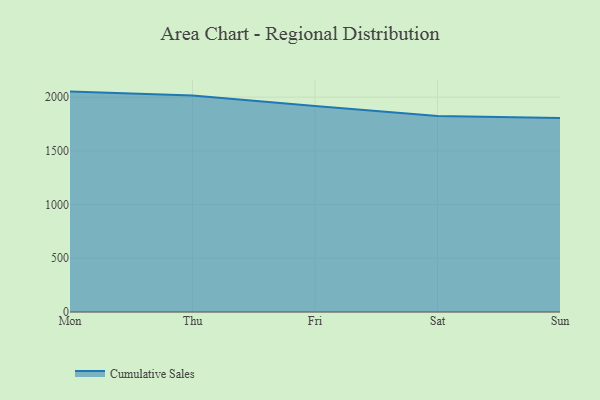
{"axis": {"x": "Day", "y": "Backlog"}, "legend": ["Cumulative Sales"], "data": [{"x": "Mon", "y": 2051.8, "type": "Cumulative Sales"}, {"x": "Thu", "y": 2014.7, "type": "Cumulative Sales"}, {"x": "Fri", "y": 1918.4, "type": "Cumulative Sales"}, {"x": "Sat", "y": 1825.5, "type": "Cumulative Sales"}, {"x": "Sun", "y": 1805.3, "type": "Cumulative Sales"}]}